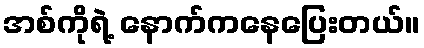
အစ်ကိုရဲ့ နောက်ကနေပြေးတယ်။